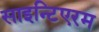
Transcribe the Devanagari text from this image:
साइन्टिएरम